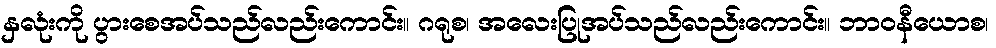
နှလုံးကို ပွားစေအပ်သည်လည်းကောင်း။ ဂရုစ၊ အလေးပြုအပ်သည်လည်းကောင်း။ ဘာဝနီယောစ၊